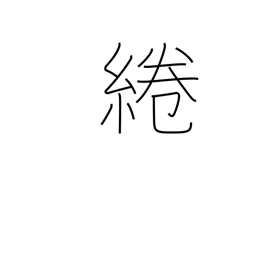
Meaning: attachment